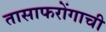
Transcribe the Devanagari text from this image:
तासाफरोंगाची